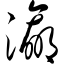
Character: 瀛